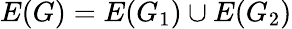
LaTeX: E(G)=E(G_{1})\cup E(G_{2})